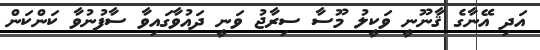
އަދި އޭނާގެ ޤާނޫނީ ވަކީލު މޫސާ ސިރާޖު ވަނީ ދައުވާގައިވާ ސާފުނުވާ ކަންކަން